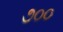
૭૦૦